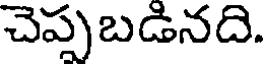
చెప్పబడినది.